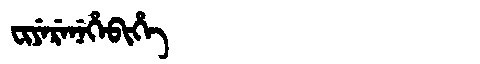
Manchu: ᠸᡳᠶᡝᡵᡝᠨᡝᡥᡝᠪᡳᡥᡝ
Romanization: FIYERENEHEBIHE